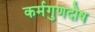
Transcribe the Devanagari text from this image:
कर्मगुणदोष